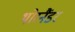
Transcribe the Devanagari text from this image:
थोरनैंडर